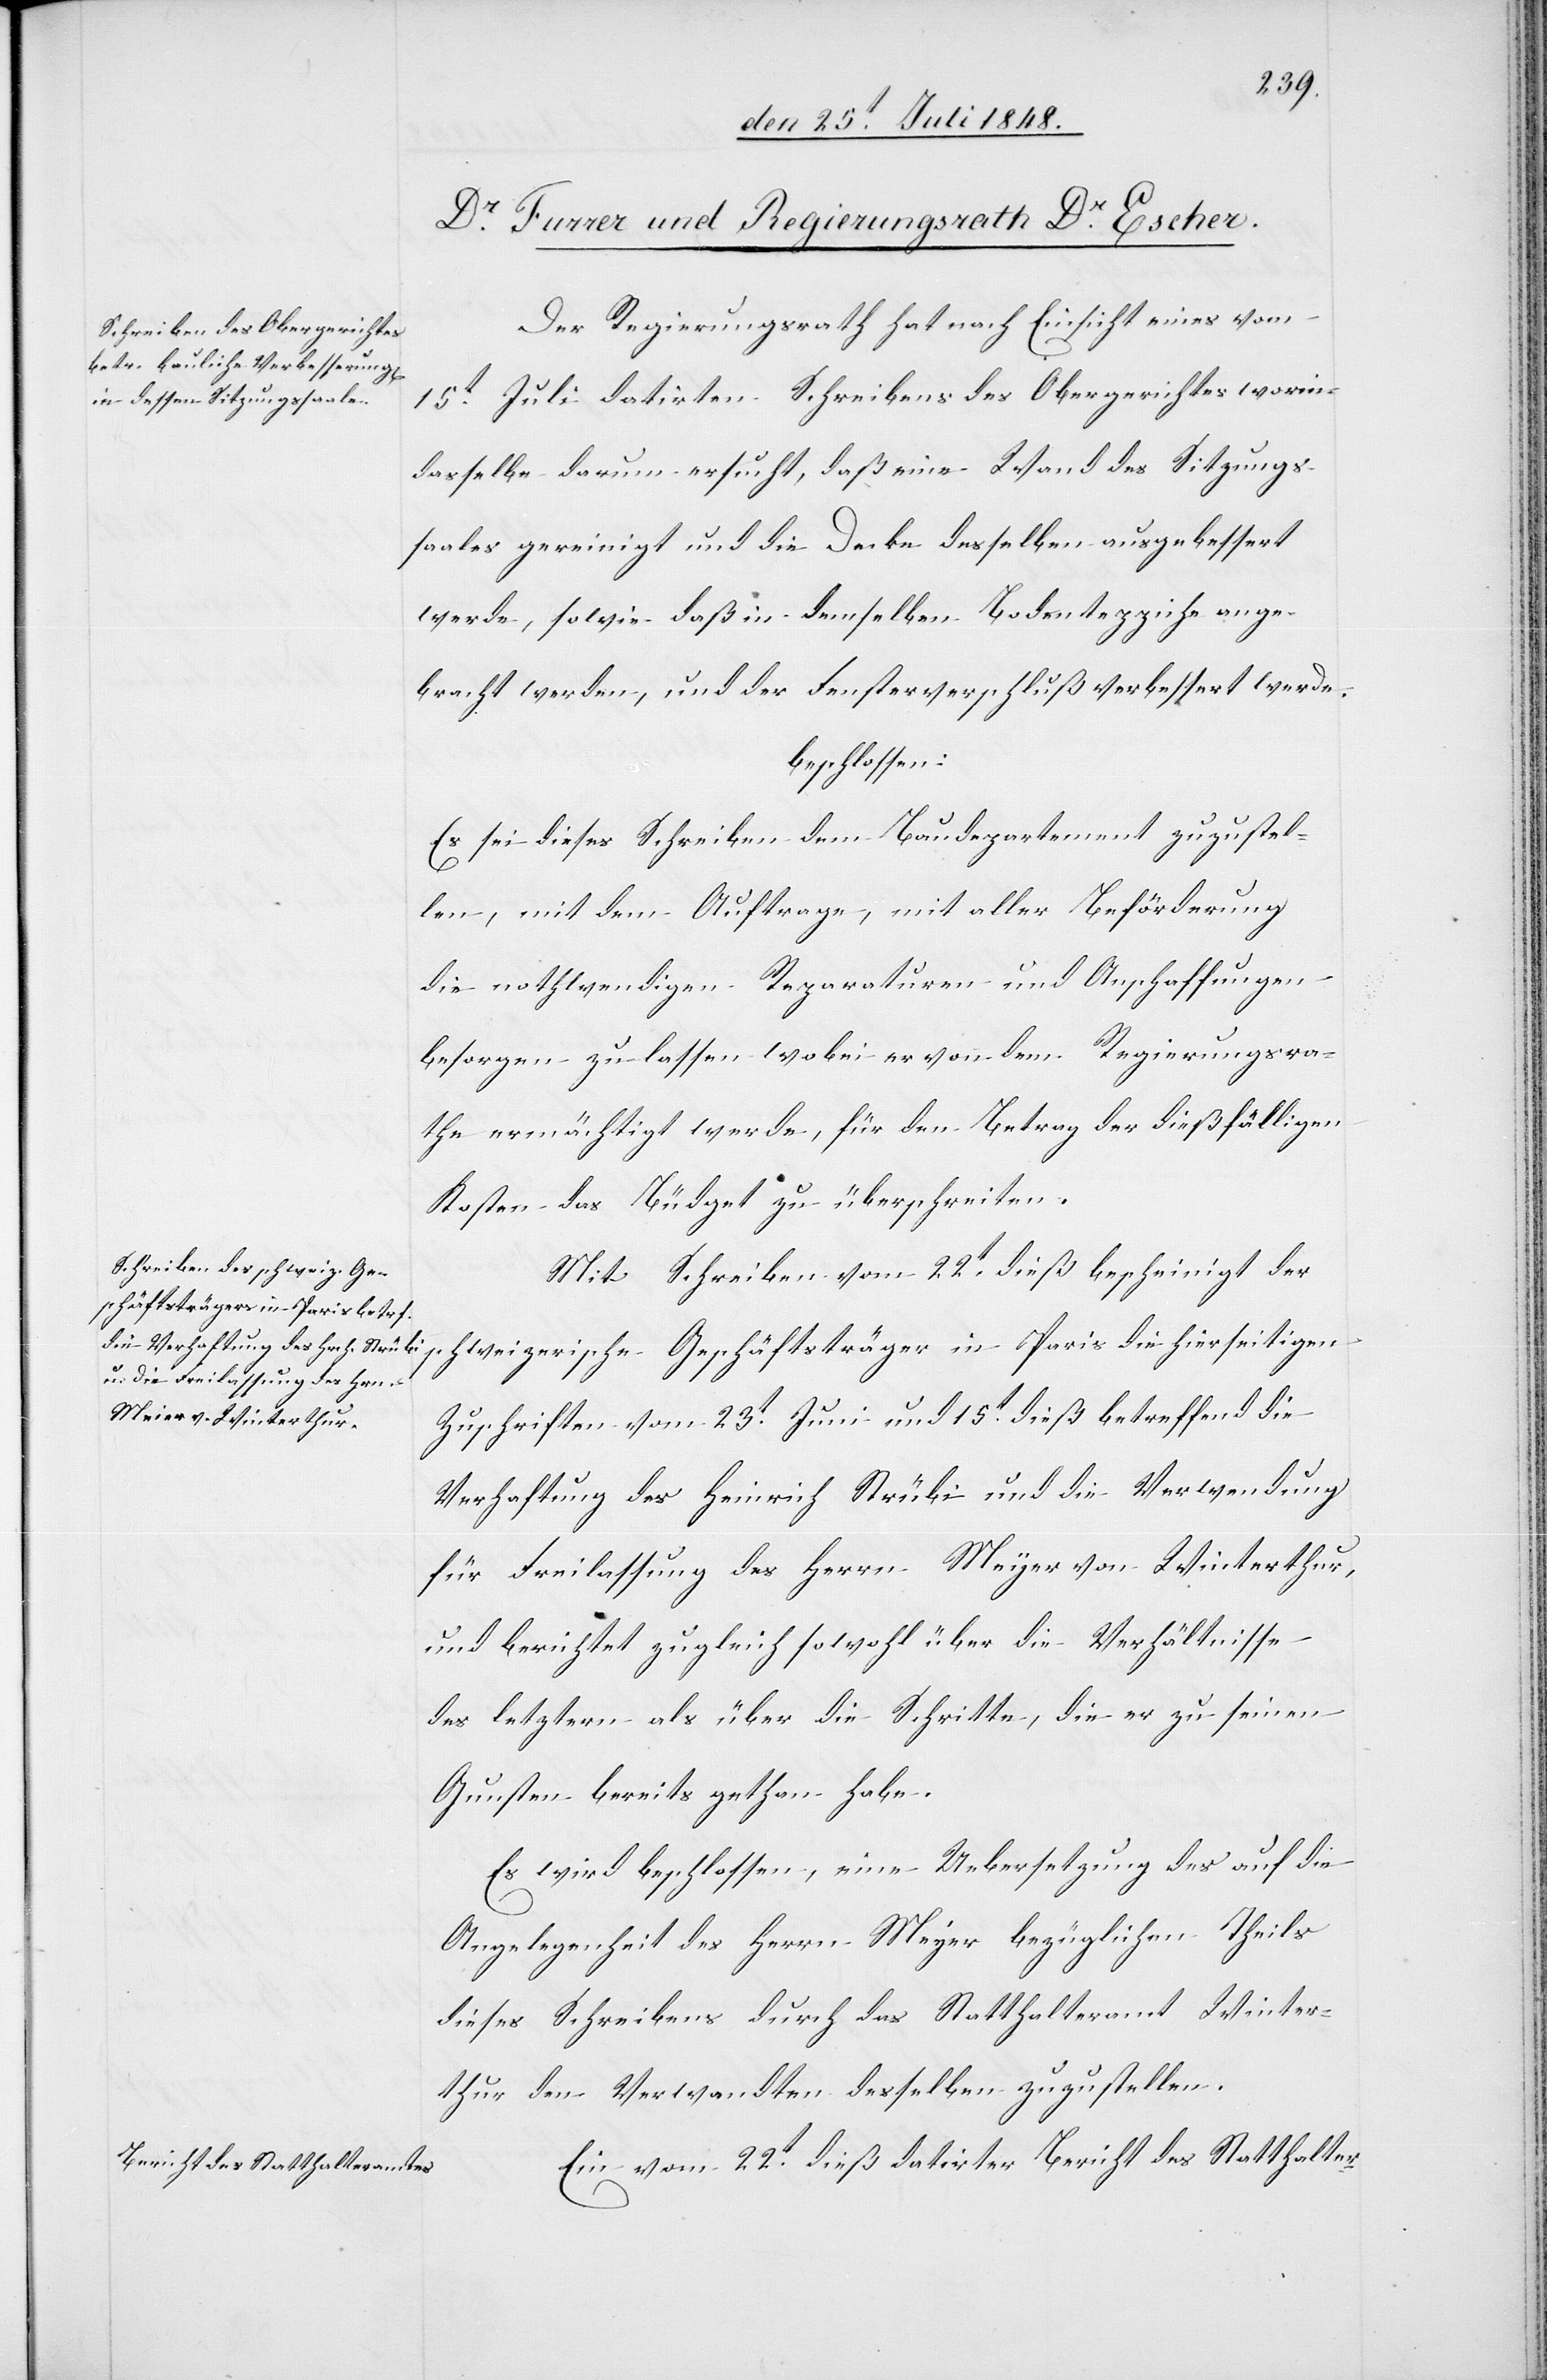
Der Regierungsrath hat nach Einsicht eines vom
15t Juli datirten Schreibens des Obergerichtes worin
dasselbe darum ersucht, daß eine Wand des Sitzungs¬
saales gereinigt und die Decke desselben ausgebessert
werde, sowie daß in demselben Bodenteppiche ange¬
bracht werden, und der Fensterverschluß verbessert werde,
beschlossen:
Es sei dieses Schreiben dem Baudepartement zuzustel¬
len, mit dem Auftrage, mit aller Beförderung
die nothwendigen Reparaturen und Anschaffungen
besorgen zu lassen wobei er von dem Regierungsra¬
the ermächtigt werde, für den Betrag der dießfälligen
Kosten das Büdget zu überschreiten.
Mit Schreiben vom 22t dieß bescheinigt der
schweizerische Geschäftsträger in Paris die hierseitigen
Zuschriften vom 23t Juni und 15t dieß betreffend die
Verhaftung des Heinrich Strübi und die Verwendung
für Freilassung des Herrn Meyer von Winterthur,
und berichtet zugleich sowohl über die Verhältnisse
des letztern als über die Schritte, die er zu seinen
Gunsten bereits gethan habe.
Es wird beschlossen, eine Uebersetzung des auf die
Angelegenheit des Herrn Meyer bezüglichen Theils
dieses Schreibens durch das Statthalteramt Winter¬
thur den Verwandten desselben zuzustellen.
Ein vom 22t dieß datirter Bericht des Statthalter-